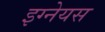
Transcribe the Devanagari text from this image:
इग्नेयस